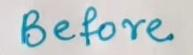
Before